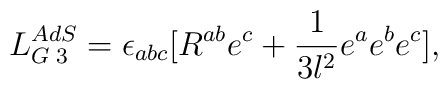
L_{G\;3}^{AdS}=\epsilon_{abc}[R^{ab}e^c +\frac{1}{3l^2}e^a e^b e^c],